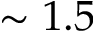
\sim 1 . 5